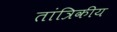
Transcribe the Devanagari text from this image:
तांत्रिकीय